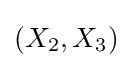
(X_{2},X_{3})